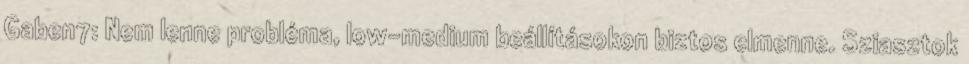
Gaben7: Nem lenne probléma, low-medium beállításokon biztos elmenne. Sziasztok